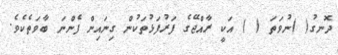
ދޮނގު( )ނުވަތަ ( ) އަކީ ރާއްޖޭގެ ފަރުފަޅުތަކުން ގިނައިން ފެންނަ ބާވަތެކެވެ.